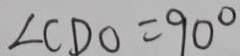
\angle C D O = 9 0 ^ { \circ }